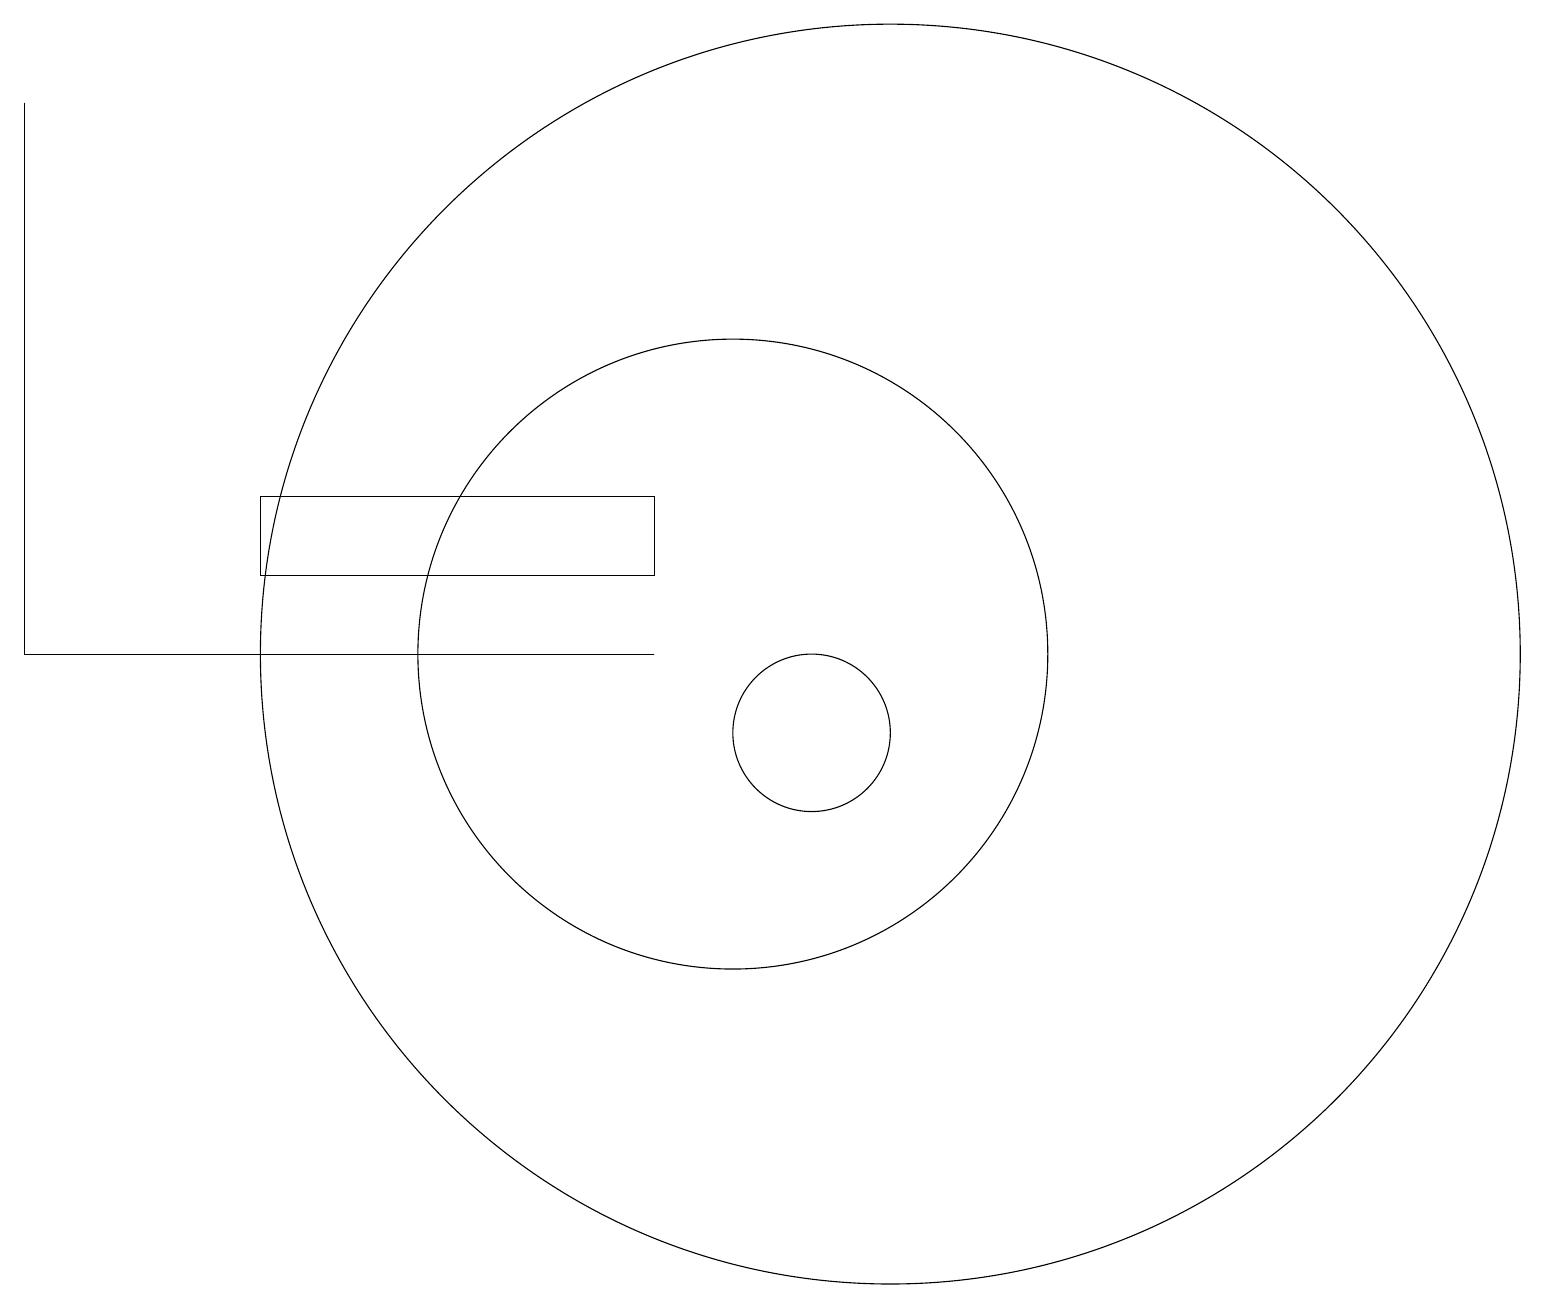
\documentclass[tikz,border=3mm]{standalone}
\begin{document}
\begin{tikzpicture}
\draw (4,12) rectangle (9,13);
\draw (10,11) circle (4);
\draw (1,11) rectangle (9,11);
\draw (12,11) circle (8);
\draw (11,10) circle (1);
\draw (1,18) rectangle (1,11);
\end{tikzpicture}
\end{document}